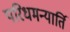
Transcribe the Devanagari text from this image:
परिधमन्यार्ति